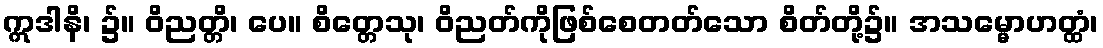
ဣဒါနိ၊ ၌။ ဝိညတ္တိ၊ ပေ။ စိတ္တေသု၊ ဝိညတ်ကိုဖြစ်စေတတ်သော စိတ်တို့၌။ အသမ္မောဟတ္ထံ၊